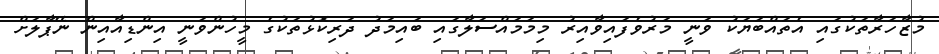
މުޒާހަރާތަކުގައި އެތައްބަޔަކު ވަނީ މަރުވެފައިވާއިރު މިމަމައްސަލާގައި ބައިމަދު ދަރިކޮޅުތަކުގެ މީހުންވަނީ އިންޑިއާއިން ނޭޕާލަށް